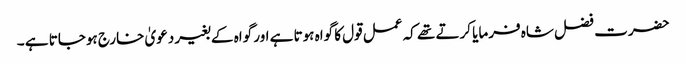
حضرت فضل شاہ فرمایا کرتے تھے کہ عمل قول کا گواہ ہوتا ہے اور گواہ کے بغیر دعویٰ خارج ہوجاتا ہے ۔